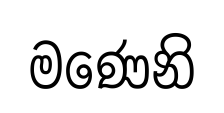
මණෙනි